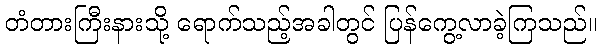
တံတားကြီးနားသို့ ရောက်သည့်အခါတွင် ပြန်ကွေ့လာခဲ့ကြသည်။